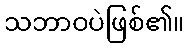
သဘာဝပဲဖြစ်၏။